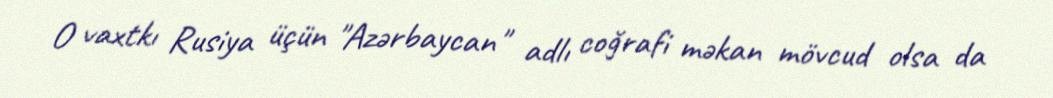
O vaxtkı Rusiya üçün "Azərbaycan" adlı coğrafi məkan mövcud olsa da